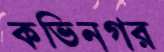
কভিনগর